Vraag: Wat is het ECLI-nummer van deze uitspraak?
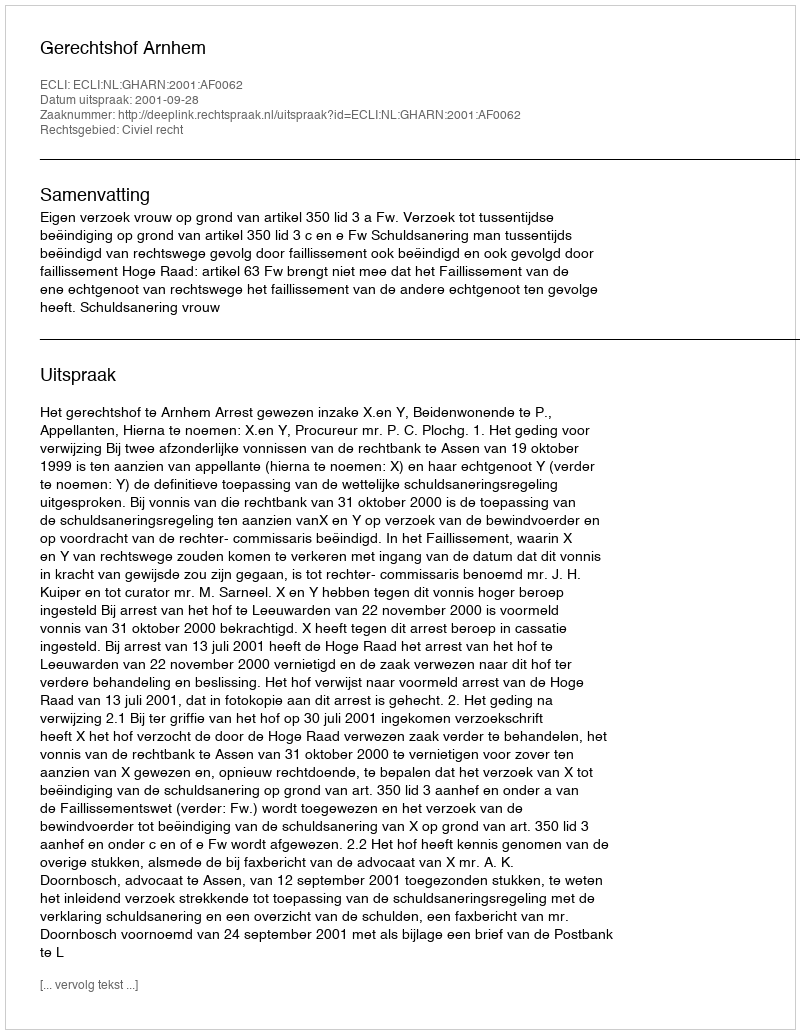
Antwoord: ECLI:NL:GHARN:2001:AF0062